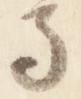
馬